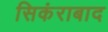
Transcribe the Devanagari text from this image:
सिकंराबाद